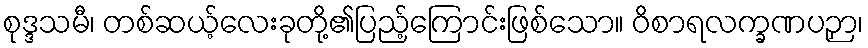
စုဒ္ဒသမီ၊ တစ်ဆယ့်လေးခုတို့၏ပြည့်ကြောင်းဖြစ်သော။ ဝိစာရလက္ခဏပဉှာ၊